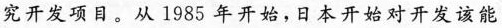
究开发项目。从1985年开始，日本开始对开发该能